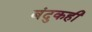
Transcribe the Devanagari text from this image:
बंदुकही